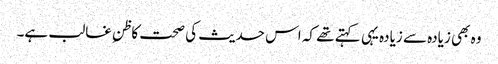
وہ بھی زیادہ سے زیادہ یہی کہتے تھے کہ اس حدیث کی صحت کاظنِ غالب ہے۔